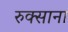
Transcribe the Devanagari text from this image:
रुक्साना